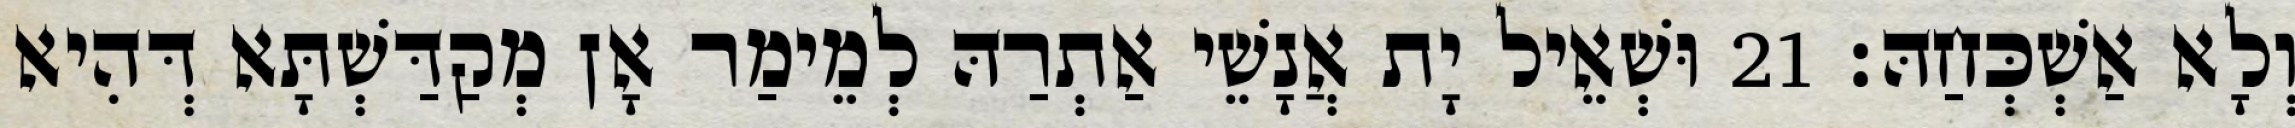
וְלָא אַשְׁכְּחַהּ׃ 21 וּשְׁאֵיל יָת אֲנָשֵׁי אַתְרַהּ לְמֵימַר אָן מְקַדַּשְׁתָּא דְּהִיא